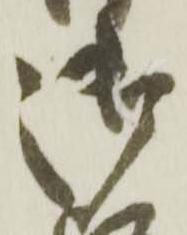
御